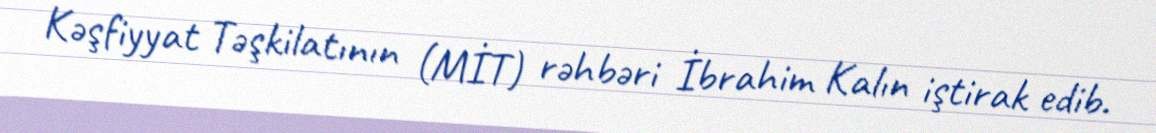
Kəşfiyyat Təşkilatının (MİT) rəhbəri İbrahim Kalın iştirak edib.